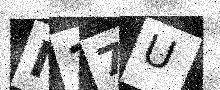
Text: M17U